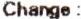
CHANGE :